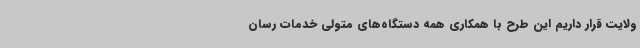
ولایت قرار داریم این طرح با همکاری همه دستگاه‌های متولی خدمات رسان